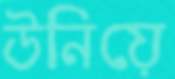
উনিয়ে